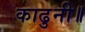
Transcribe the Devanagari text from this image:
काढुनी॥